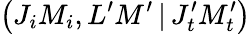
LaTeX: \left(J_{i}M_{i},L^{\prime}M^{\prime}\, |\, J_{t}^{\prime}M_{t}^{\prime}\right)